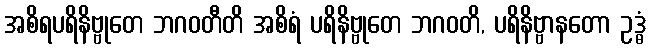
အစိရပရိနိဗ္ဗုတေ ဘဂဝတီတိ အစိရံ ပရိနိဗ္ဗုတေ ဘဂဝတိ, ပရိနိဗ္ဗာနတော ဥဒ္ဓံ